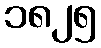
၁၈၂၅